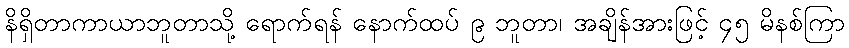
နိရှိတာကာယာဘူတာသို့ ရောက်ရန် နောက်ထပ် ၉ ဘူတာ၊ အချိန်အားဖြင့် ၄၅ မိနစ်ကြာ